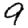
Digit: 9